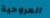
المروحية